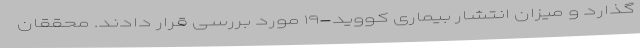
گذارد و میزان انتشار بیماری کووید-۱۹ مورد بررسی قرار دادند. محققان